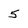
Character: 5